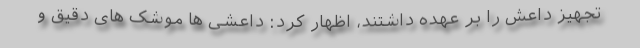
تجهیز داعش را بر عهده داشتند، اظهار کرد: داعشی ها موشک های دقیق و